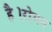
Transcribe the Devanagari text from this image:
है।रोमन